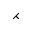
\rightthreetimes